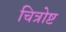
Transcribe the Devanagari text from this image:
चित्रोष्ट